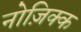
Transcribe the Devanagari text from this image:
नोज़िक्क